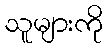
သူများကို